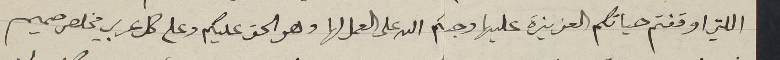
اللتي اوقفتم حياتكم العزيزة عليها وحباكم الله على العمل لها وهو الحق عليكم وعلى كل عربي مخلص صميم